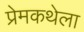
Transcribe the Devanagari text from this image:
प्रेमकथेला